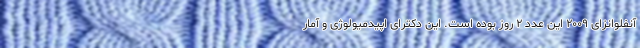
آنفلوانزای ۲۰۰۹ این عدد ۲ روز بوده است. این دکترای اپیدمیولوژی و آمار